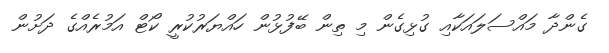
ގެންދާ މައްސަލައަކާއި ގުޅިގެން މި ތިން ބޭފުޅުން ހައްޔަރުކުރީ ކޯޓް އަމުރެއްގެ ދަށުން